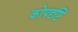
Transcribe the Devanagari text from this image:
कोपदृष्टि